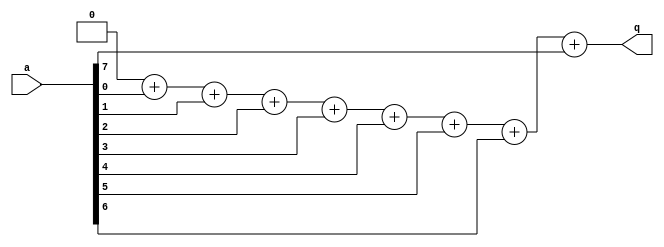
`timescale 1ns/1ps

module add_bits
  (
   input [7:0] 	    a,
   output reg [3:0] q 
   );

   // Declare Loop Index
   integer 	    idx;

   // Combinational Logic
   always @(a) begin

      // Loop with BLOCKING assignments is
      // "unrolled" in *space*, not time
      q = 0;

      // Add all the non-zero bits of `a`
      for (idx=0; idx<8; idx=idx+1) begin
	 q = q + a[idx];
      end
   end
endmodule // add_bits